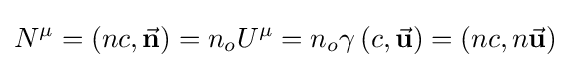
N^{\mu }=\left(nc,{\vec {\mathbf {n} }}\right)=n_{o}U^{\mu }=n_{o}\gamma \left(c,{\vec {\mathbf {u} }}\right)=\left(nc,n{\vec {\mathbf {u} }}\right)